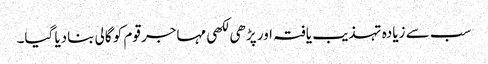
سب سے زیادہ تہذیب یافتہ اور پڑھی لکھی مہاجر قوم کو گالی بنادیا گیا۔